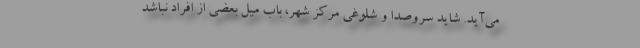
می‌آید. شاید سروصدا و شلوغی مرکزِ شهر، باب میل بعضی از افراد نباشد